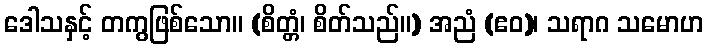
ဒေါသနှင့် တကွဖြစ်သော။ (စိတ္တံ၊ စိတ်သည်။) အညံ (ဧဝ)၊ သရာဂ သမောဟ